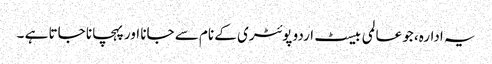
یہ ادارہ، جو عالمی بیسٹ اردو پوئٹری کے نام سے جانا اور پہچانا جاتا ہے ۔